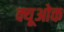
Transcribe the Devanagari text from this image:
क्यूओक